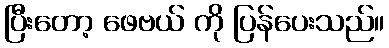
ပြီးတော့ ဖေဗယ် ကို ပြန်ပေးသည်။